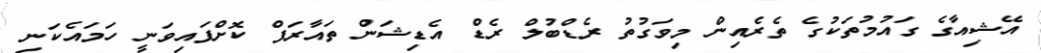
އޭޝިއާގެ ގައުމުތަކުގެ ތެރެއިން މިވަގުތު ރެޑްބުލް ރެޑް އެޑިޝަން ތައާރަފް ކޮށްފައިވަނީ ހަމައެކަނި